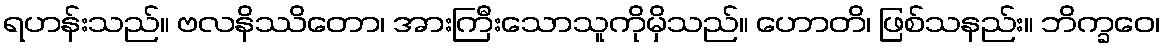
ရဟန်းသည်။ ဗလနိဿိတော၊ အားကြီးသောသူကိုမှိသည်။ ဟောတိ၊ ဖြစ်သနည်း။ ဘိက္ခဝေ၊